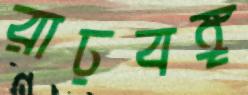
রাঢ়বঙ্গ